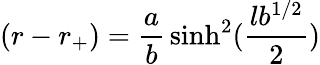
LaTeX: (r-r_{+})={\frac{a}{b}}\sinh^{2}({\frac{lb^{1/2}}{2}})